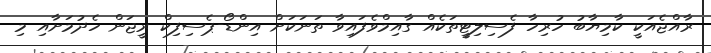
ރާއްޖެއަކީ ކާމިޔާބު ހުރިހާ ފެސިލިޓީތަކެއް ގާއިމްވެފައިވާ ތަނަކަށް އިންޑޯ-ޕެސިފިކް ރީޖަން ހެދުމަށާއި މި